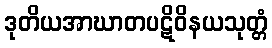
ဒုတိယအာဃာတပဋိဝိနယသုတ္တံ